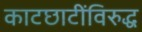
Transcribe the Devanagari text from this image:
काटछाटींविरुद्ध